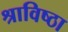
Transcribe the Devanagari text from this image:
श्राविष्ठा